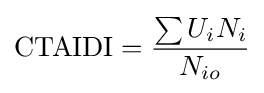
{\mbox{CTAIDI}}={\frac {\sum {U_{i}N_{i}}}{N_{io}}}